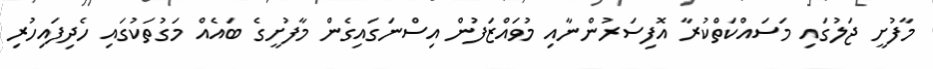
މާފުށީ ޖަލުގައި މަސައްކަތްކުރާ އޮފިސަރުންނާއި މުވައްޒަފުން އިސްނަގައިގެން މާފުށީގެ ބައެއް މަގުތަކުގައި ހެދިފައިހުރި